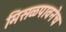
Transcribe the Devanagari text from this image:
मिसळपावनेच